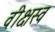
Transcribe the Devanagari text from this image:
वीक्षस्व